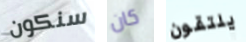
سنكون كان يلتقون